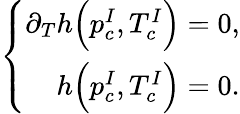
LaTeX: \left\{ \begin{array}{r}{\partial_{T}h\Big(p_{c}^{I},T_{c}^{I}\Big)=0,}\\ {h\Big(p_{c}^{I},T_{c}^{I}\Big)=0.}\end{array}\right.